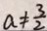
a \neq \frac { 3 } { 2 }